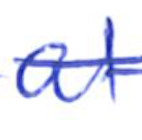
Text: at
Cross-out: single-line
Writing tool: ballpoint